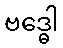
ဗဒ္ဓေါ